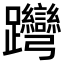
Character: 𨈊